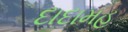
દાદામહ